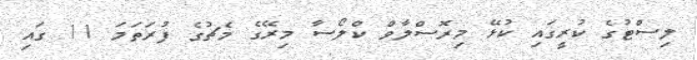
ލިސްޓުގެ ކުރީގައި ކުޅޭ މިރޮސްލާވް ކްލޯސާ މިރޭގެ މެޗުގެ ފުރަތަމަ 11 ގައި